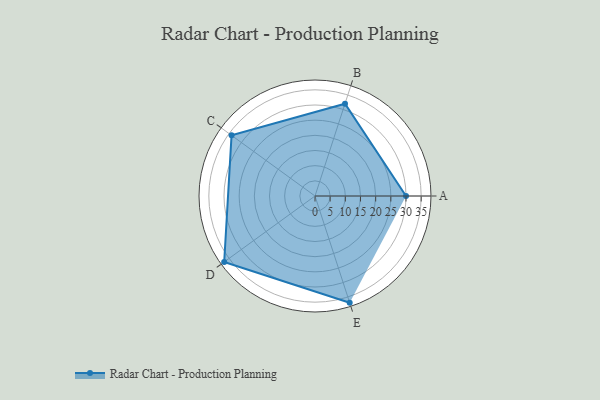
{"axis": {"x": "Skill", "y": "Score"}, "legend": ["Profile"], "data": [{"x": "A", "y": 30.0, "type": "Profile"}, {"x": "B", "y": 32.0, "type": "Profile"}, {"x": "C", "y": 34.0, "type": "Profile"}, {"x": "D", "y": 37.0, "type": "Profile"}, {"x": "E", "y": 37.0, "type": "Profile"}]}